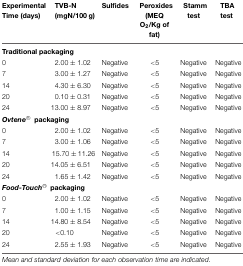
| Experimental Time (days) | TVB-N (mgN/100 g) | Sulfides | Peroxides (MEQ O2/Kg of fat) | Stamm test | TBA test |
 | --- | --- | --- | --- | --- | --- |
 | <COLSPAN=6> Traditional packaging |
 | 0 | 2.00 ± 1.02 | Negative | <5 | Negative | Negative |
 | 7 | 3.00 ± 1.27 | Negative | <5 | Negative | Negative |
 | 14 | 4.30 ± 6.30 | Negative | <5 | Negative | Negative |
 | 20 | 0.10 ± 0.31 | Negative | <5 | Negative | Negative |
 | 24 | 13.00 ± 8.97 | Negative | <5 | Negative | Negative |
 | <COLSPAN=6> Ovtene®packaging |
 | 0 | 2.00 ± 1.02 | Negative | <5 | Negative | Negative |
 | 7 | 3.00 ± 1.06 | Negative | <5 | Negative | Negative |
 | 14 | 15.70 ± 11.26 | Negative | <5 | Negative | Negative |
 | 20 | 14.05 ± 6.51 | Negative | <5 | Negative | Negative |
 | 24 | 1.65 ± 1.42 | Negative | <5 | Negative | Negative |
 | <COLSPAN=6> Food-Touch®packaging |
 | 0 | 2.00 ± 1.02 | Negative | <5 | Negative | Negative |
 | 7 | 1.00 ± 1.15 | Negative | <5 | Negative | Negative |
 | 14 | 14.80 ± 8.54 | Negative | <5 | Negative | Negative |
 | 20 | <0.10 | Negative | <5 | Negative | Negative |
 | 24 | 2.55 ± 1.93 | Negative | <5 | Negative | Negative |